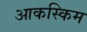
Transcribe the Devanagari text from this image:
आकस्किम